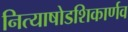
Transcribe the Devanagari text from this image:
नित्याषोडशिकार्णव